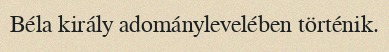
Béla király adománylevelében történik.